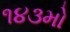
૧૪૩મો